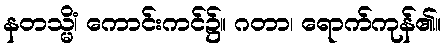
နတသ္မိံ၊ ကောင်းကင်၌။ ဂတာ၊ ရောက်ကုန်၏။